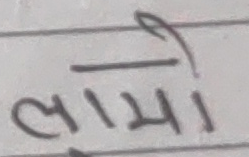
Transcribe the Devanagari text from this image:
लामो